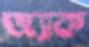
জ্যাক